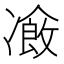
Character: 𠘄